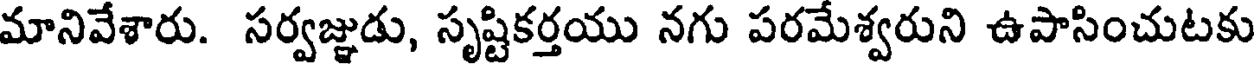
మానివేశారు. సర్వజ్ఞుడు, సృష్టికర్తయు నగు పరమేశ్వరుని ఉపాసించుటకు